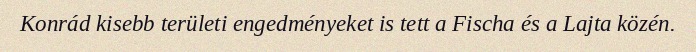
Konrád kisebb területi engedményeket is tett a Fischa és a Lajta közén.